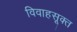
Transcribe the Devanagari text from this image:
विवाहसूक्त